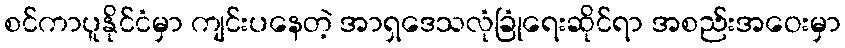
စင်ကာပူနိုင်ငံမှာ ကျင်းပနေတဲ့ အာရှဒေသလုံခြုံရေးဆိုင်ရာ အစည်းအဝေးမှာ